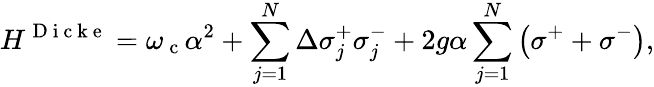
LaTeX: H^{\mathrm{~D~i~c~k~e~}}=\omega_{\mathrm{~c~}}\alpha^{2}+\sum_{j=1}^{N}\Delta\sigma_{j}^{+}\sigma_{j}^{-}+2g\alpha\sum_{j=1}^{N}\left(\sigma^{+}+\sigma^{-}\right),